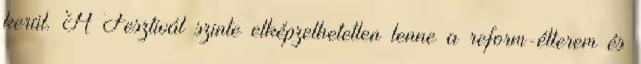
kerül. A Fesztivál szinte elképzelhetetlen lenne a reform-étterem és